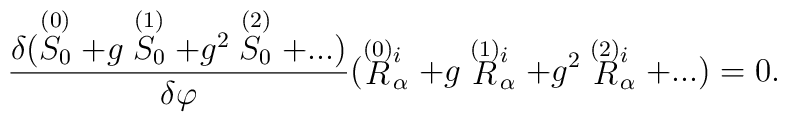
{\delta(\stackrel{(0)}{S_0} + g \stackrel{(1)}{S_0} +g^2 \stackrel{(2)}{S_0} + ...)\over\delta\varphi}(\stackrel{\smash{(0)}}{R}^i_\alpha+ g \stackrel{\smash{(1)}}{R}^i_\alpha + g^2 \stackrel{\smash{(2)}}{R}^i_\alpha + ...)=0 .